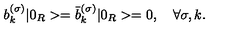
b _ { k } ^ { ( \sigma ) } | 0 _ { R } > = \bar { b } _ { k } ^ { ( \sigma ) } | 0 _ { R } > = 0 , \quad \forall \sigma , k { . }